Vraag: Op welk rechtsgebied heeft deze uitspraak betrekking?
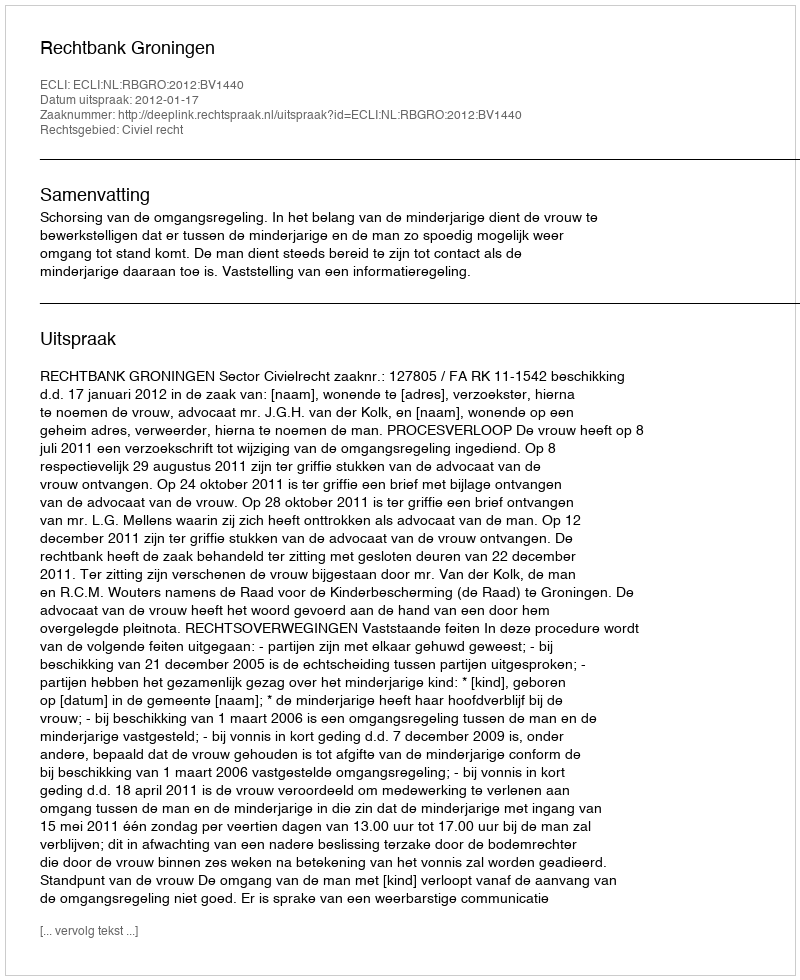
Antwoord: Civiel recht